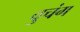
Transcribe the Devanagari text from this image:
वुचंग